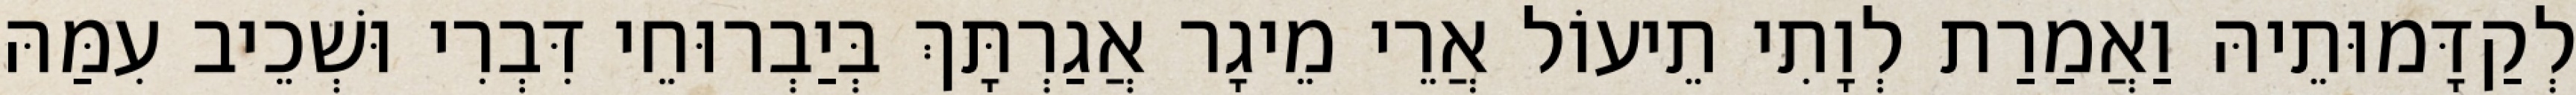
לְקַדָּמוּתֵיהּ וַאֲמַרַת לְוָתִי תֵיעוֹל אֲרֵי מֵיגָר אֲגַרְתָּךְ בְּיַבְרוּחֵי דִּבְרִי וּשְׁכֵיב עִמַּהּ